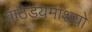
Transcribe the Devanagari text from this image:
पाठेडयमाशयो